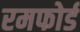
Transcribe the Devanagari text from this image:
रमफोर्ड